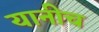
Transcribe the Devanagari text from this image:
यानीच